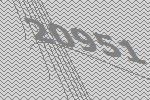
20951